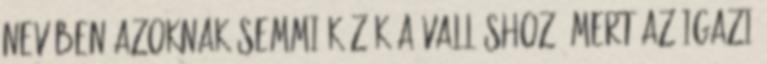
nevében azoknak semmi közük a valláshoz. Mert az igazi